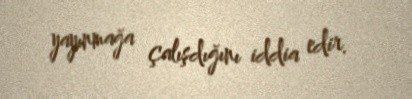
yayınmağa çalışdığını iddia edir.